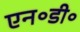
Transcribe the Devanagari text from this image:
एन॰डी॰